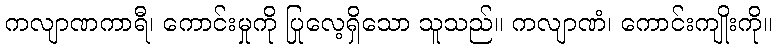
ကလျာဏကာရီ၊ ကောင်းမှုကို ပြုလေ့ရှိသော သူသည်။ ကလျာဏံ၊ ကောင်းကျိုးကို။